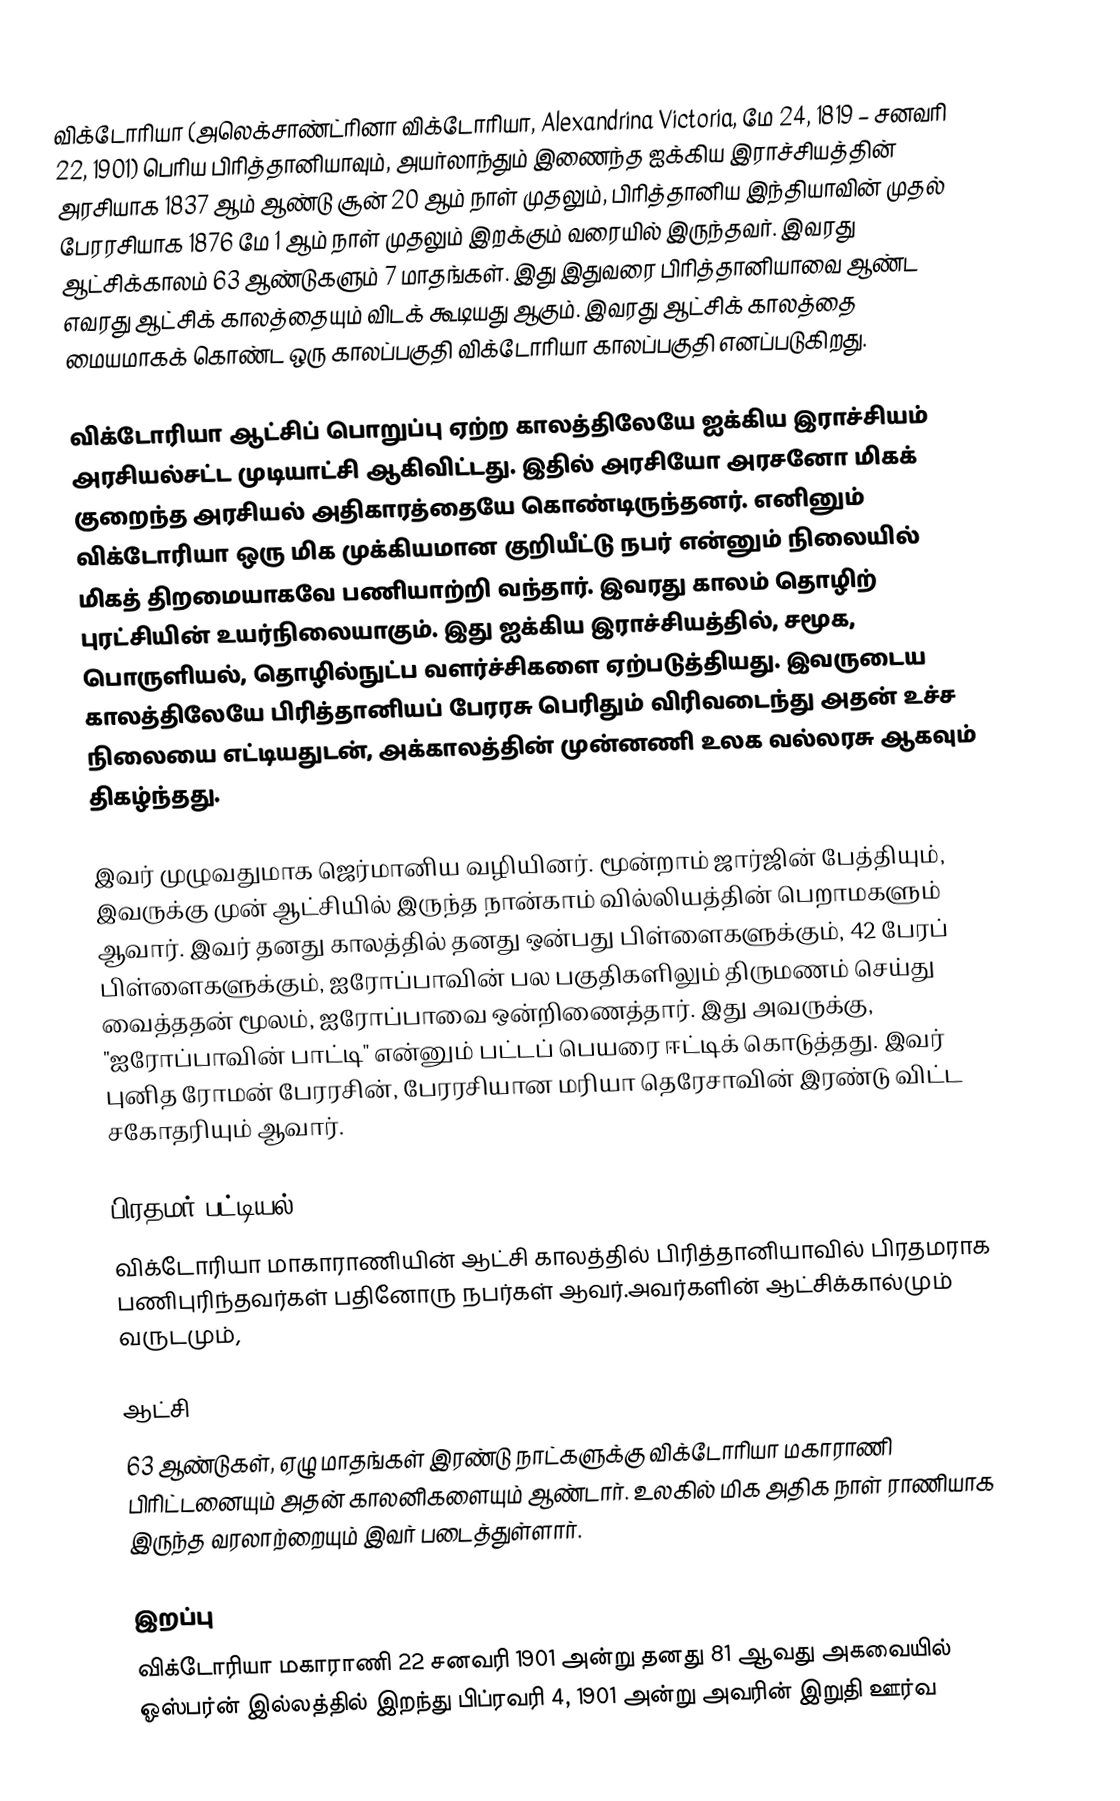
விக்டோரியா (அலெக்சாண்ட்ரினா விக்டோரியா, Alexandrina Victoria, மே 24, 1819 – சனவரி 22, 1901) பெரிய பிரித்தானியாவும், அயர்லாந்தும் இணைந்த ஐக்கிய இராச்சியத்தின் அரசியாக 1837 ஆம் ஆண்டு சூன் 20 ஆம் நாள் முதலும், பிரித்தானிய இந்தியாவின் முதல் பேரரசியாக 1876 மே 1 ஆம் நாள் முதலும் இறக்கும் வரையில் இருந்தவர். இவரது ஆட்சிக்காலம் 63 ஆண்டுகளும் 7 மாதங்கள். இது இதுவரை பிரித்தானியாவை ஆண்ட எவரது ஆட்சிக் காலத்தையும் விடக் கூடியது ஆகும். இவரது ஆட்சிக் காலத்தை மையமாகக் கொண்ட ஒரு காலப்பகுதி விக்டோரியா காலப்பகுதி எனப்படுகிறது.

விக்டோரியா ஆட்சிப் பொறுப்பு ஏற்ற காலத்திலேயே ஐக்கிய இராச்சியம் அரசியல்சட்ட முடியாட்சி ஆகிவிட்டது. இதில் அரசியோ அரசனோ மிகக் குறைந்த அரசியல் அதிகாரத்தையே கொண்டிருந்தனர். எனினும் விக்டோரியா ஒரு மிக முக்கியமான குறியீட்டு நபர் என்னும் நிலையில் மிகத் திறமையாகவே பணியாற்றி வந்தார். இவரது காலம் தொழிற் புரட்சியின் உயர்நிலையாகும். இது ஐக்கிய இராச்சியத்தில், சமூக, பொருளியல், தொழில்நுட்ப வளர்ச்சிகளை ஏற்படுத்தியது. இவருடைய காலத்திலேயே பிரித்தானியப் பேரரசு பெரிதும் விரிவடைந்து அதன் உச்ச நிலையை எட்டியதுடன், அக்காலத்தின் முன்னணி உலக வல்லரசு ஆகவும் திகழ்ந்தது.

இவர் முழுவதுமாக ஜெர்மானிய வழியினர். மூன்றாம் ஜார்ஜின் பேத்தியும், இவருக்கு முன் ஆட்சியில் இருந்த நான்காம் வில்லியத்தின் பெறாமகளும் ஆவார். இவர் தனது காலத்தில் தனது ஒன்பது பிள்ளைகளுக்கும், 42 பேரப் பிள்ளைகளுக்கும், ஐரோப்பாவின் பல பகுதிகளிலும் திருமணம் செய்து வைத்ததன் மூலம், ஐரோப்பாவை ஒன்றிணைத்தார். இது அவருக்கு, "ஐரோப்பாவின் பாட்டி" என்னும் பட்டப் பெயரை ஈட்டிக் கொடுத்தது. இவர் புனித ரோமன் பேரரசின், பேரரசியான மரியா தெரேசாவின் இரண்டு விட்ட சகோதரியும் ஆவார்.

பிரதமர் பட்டியல்
விக்டோரியா மாகாராணியின் ஆட்சி காலத்தில் பிரித்தானியாவில் பிரதமராக பணிபுரிந்தவர்கள் பதினோரு நபர்கள் ஆவர்.அவர்களின் ஆட்சிக்கால்மும் வருடமும்,

ஆட்சி
63 ஆண்டுகள், ஏழு மாதங்கள் இரண்டு நாட்களுக்கு விக்டோரியா மகாராணி பிரிட்டனையும் அதன் காலனிகளையும் ஆண்டார். உலகில் மிக அதிக நாள் ராணியாக இருந்த வரலாற்றையும் இவர் படைத்துள்ளார்.

இறப்பு
விக்டோரியா மகாராணி 22 சனவரி 1901 அன்று தனது 81 ஆவது அகவையில் ஓஸ்பர்ன் இல்லத்தில் இறந்து பிப்ரவரி 4, 1901 அன்று அவரின் இறுதி ஊர்வ